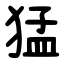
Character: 猛